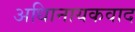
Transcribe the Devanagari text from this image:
अधिानायकवाद